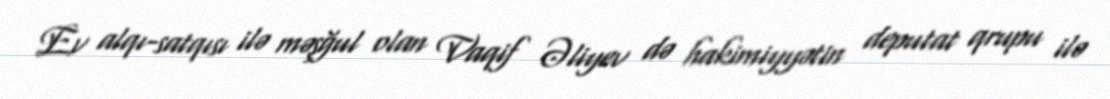
Ev alqı-satqısı ilə məşğul olan Vaqif Əliyev də hakimiyyətin deputat qrupu ilə